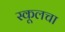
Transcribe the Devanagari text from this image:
स्कूलचा